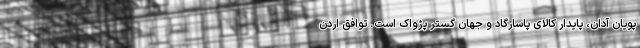
پویان آدان، پایدار کالای پاسارگاد و جهان گستر پژواک است. توافق اردن